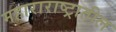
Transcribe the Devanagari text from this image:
महाराराष्ट्रातील